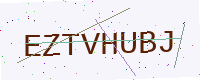
Text: EZTVHUBJ